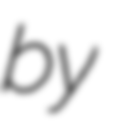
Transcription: by